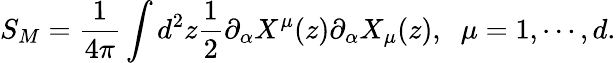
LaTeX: S_{M}=\frac{1}{4\pi}\int d^{2}z\frac{1}{2}\partial_{\alpha}X^{\mu}(z)\partial_{\alpha}X_{\mu}(z),\; \; \mu=1,\cdots,d.